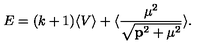
E = ( k + 1 ) \langle V \rangle + \langle { \frac { { \mu } ^ { 2 } } { \sqrt { { \bf p } ^ { 2 } + { \mu } ^ { 2 } } } } \rangle .